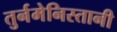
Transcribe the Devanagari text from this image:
तुर्नमेनिस्तानी